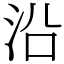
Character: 沿